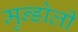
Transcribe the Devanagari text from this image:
मुन्डोली